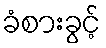
ခံစားခွင့်